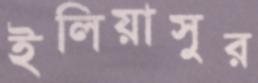
ইলিয়াসুর